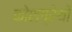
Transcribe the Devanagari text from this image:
कोशग्रेथों